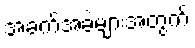
အခက်အခဲများအတွက်